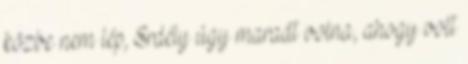
közbe nem lép, Erdély úgy maradt volna, ahogy volt